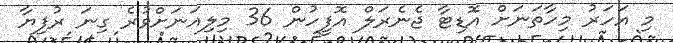
މި އަހަރު މިހާތަނަށް އޮޑިޓާ ޖެނެރަލް އޮފީހުން 36 މިލިއަނަށްވުރެ ގިނަ ރުފިޔާ